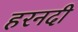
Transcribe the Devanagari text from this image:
हरनदी